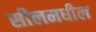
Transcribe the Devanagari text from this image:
सीलमधील